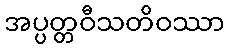
အပ္ပတ္တဝီသတိဝဿာ